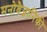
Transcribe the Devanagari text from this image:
मनोवैज्ञानिकी